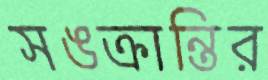
সঙক্রান্তির